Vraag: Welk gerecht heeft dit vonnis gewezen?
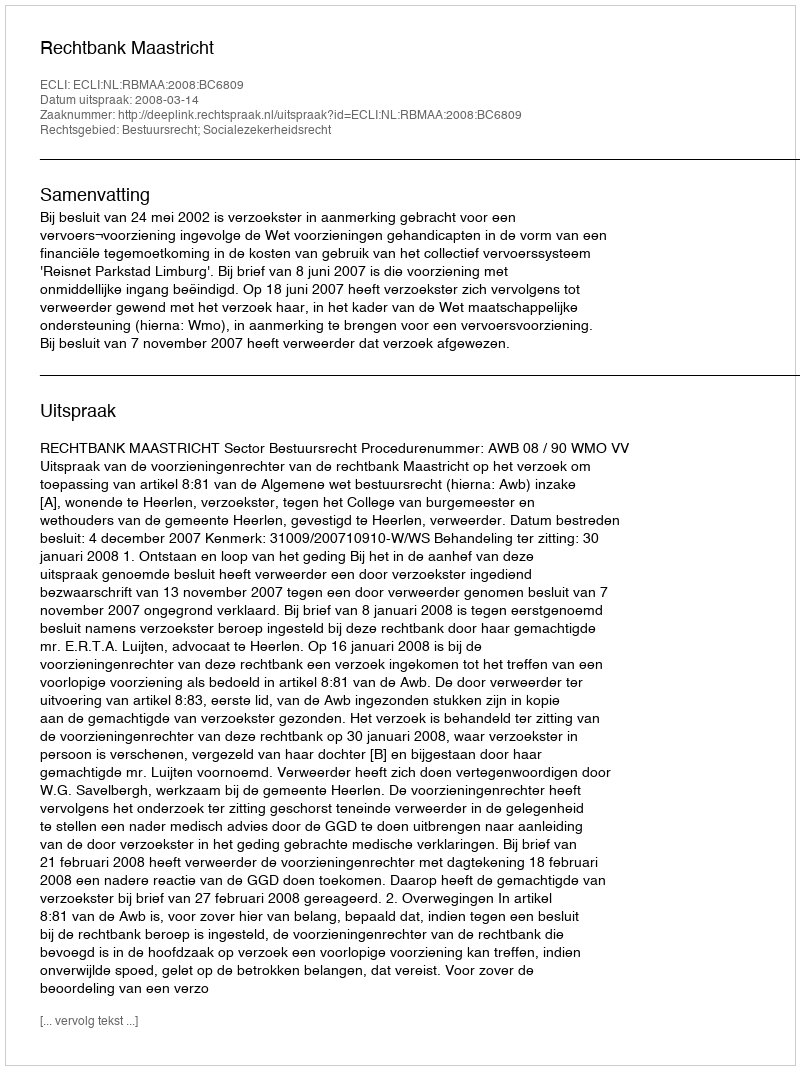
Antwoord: Rechtbank Maastricht